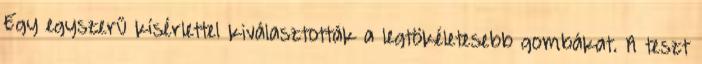
Egy egyszerű kísérlettel kiválasztották a legtökéletesebb gombákat. A teszt